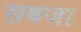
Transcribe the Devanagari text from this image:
सबजा